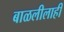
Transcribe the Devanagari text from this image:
बाळलीलाही